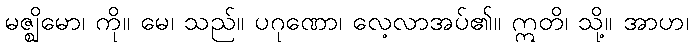
မဇ္ဈိမော၊ ကို။ မေ၊ သည်။ ပဂုဏော၊ လေ့လာအပ်၏။ ဣတိ၊ သို့။ အာဟ၊